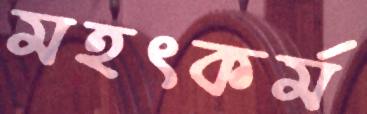
মহৎকর্ম